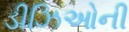
ડીઝિઓની